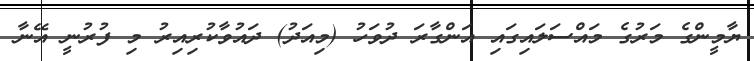
ޔާމީންގެ މަރުގެ މައްސަލައިގައި އަންގާރަ ދުވަހު (މިއަދު) ދައުވާކުރިއިރު މި ފުރުނީ އޭނާ